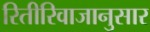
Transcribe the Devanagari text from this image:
रितीरिवाजानुसार